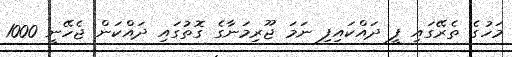
މަހުގެ ތެރޭގައި ފީ ދައްކައިފި ނަމަ ޖޫރިމަނާގެ ގޮތުގައި ދައްކަން ޖެހޭނީ 1000